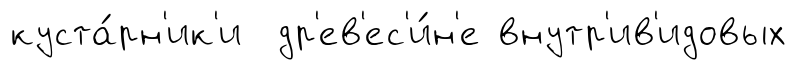
куста́рн'ик'и др'ев'ес'и́н'е внутр'ив'идовых